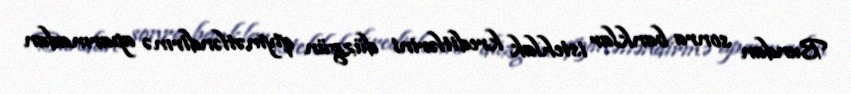
Bundan sonra banklar istehlak kreditlərini düzgün qiymətləndirmə aparmadan